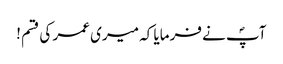
آپؐ نے فرمایا کہ میری عمر کی قسم !